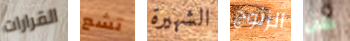
القرارات تشع الشهيرة الزنوج طن